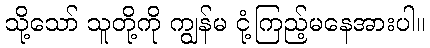
သို့သော် သူတို့ကို ကျွန်မ ငုံ့ကြည့်မနေအားပါ။